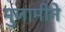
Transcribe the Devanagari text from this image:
मुजामीने